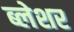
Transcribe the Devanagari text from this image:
ब्लेशर